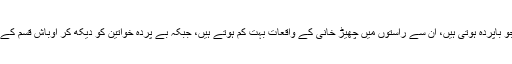
ان کے مطابق خواتین نے بتایا کہ جو باپردہ ہوتی ہیں، ان سے راستوں میں چھیڑ خانی کے واقعات بہت کم ہوتے ہیں، جبکہ بے پردہ خواتین کو دیکھ کر اوباش قسم کے نوجوان اپنی خباثت پر اتر آتے ہیں۔